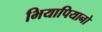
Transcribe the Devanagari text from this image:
भियापियानो